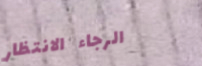
الرجاء الانتظار